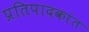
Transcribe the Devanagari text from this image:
प्रतिपादकांत